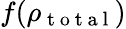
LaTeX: f(\rho_{\mathrm{~t~o~t~a~l~}})